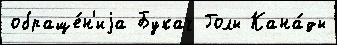
обраще́н'иjа Букач Голы Кана́ды